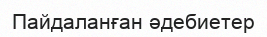
Пайдаланған әдебиетер